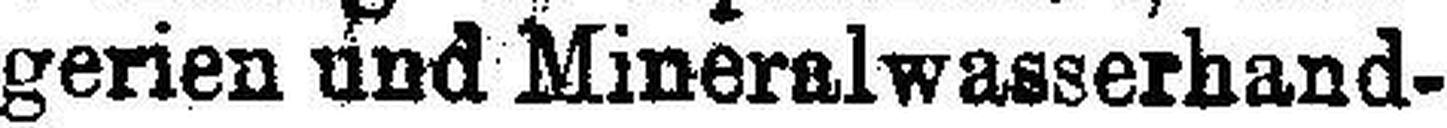
gerien und Mineralwasserhand¬